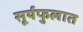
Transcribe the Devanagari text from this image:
सूर्यफुलात